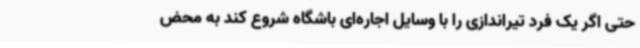
حتی اگر یک فرد تیراندازی را با وسایل اجاره‌ای باشگاه شروع کند به محض